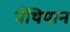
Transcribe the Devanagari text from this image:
पैंथियान